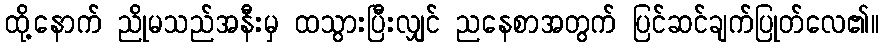
ထို့နောက် ညိုမသည်အနီးမှ ထသွားပြီးလျှင် ညနေစာအတွက် ပြင်ဆင်ချက်ပြုတ်လေ၏။